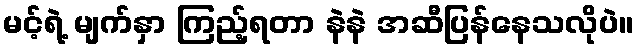
မင့်ရဲ့ မျက်နှာ ကြည့်ရတာ နဲနဲ အဆီပြန်နေသလိုပဲ။